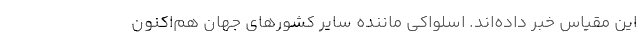
این مقیاس خبر داده‌‌اند. اسلواکی ماننده سایر کشورهای جهان هم‌‌اکنون